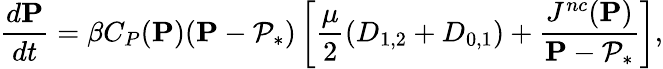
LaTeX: {\frac{d\mathbf{P}}{dt}}=\beta C_{P}(\mathbf{P})(\mathbf{P}-\mathcal{P}_{*})\left[\frac{\mu}{2}(D_{1,2}+D_{0,1})+\frac{J^{nc}(\mathbf{P})}{\mathbf{P}-\mathcal{P}_{*}}\right],